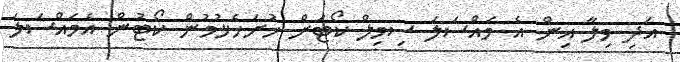
އަދި ވިލާ އިން އެ މައްސަލަ ސިވިލް ކޯޓަށް ހުށަހެޅުމުން ކޯޓުން އެމައްސަލަ